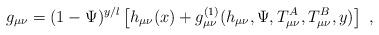
LaTeX: \begin{align*}g_{\mu\nu} = (1-\Psi )^{y/l} \left[ h_{\mu\nu} (x) + g^{(1)}_{\mu\nu} (h_{\mu\nu} , \Psi, T^A_{\mu \nu } , T^B_{\mu \nu } , y) \right] \ , \end{align*}